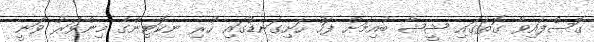
ގޮސްފައިވާ ގޮތުގައި ޝީޝާ ބުއިމަށް ފަހު ހަށިގަނޑުގައި ހުރި ނިކޮޓިންގެ މިންވަރު ވަނީ